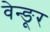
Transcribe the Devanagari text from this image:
वेन्ङूर